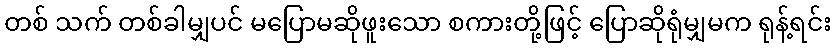
တစ် သက် တစ်ခါမျှပင် မပြောမဆိုဖူးသော စကားတို့ဖြင့် ပြောဆိုရုံမျှမက ရုန့်ရင်း